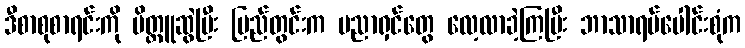
ဒီစာစုစာရင်းကို မိတ္တူဆွဲပြီး ပြည်တွင်းက ပညာရှင်တွေ လေ့လာခဲ့ကြပြီး ဘာသာရပ်ပေါင်းစုံက